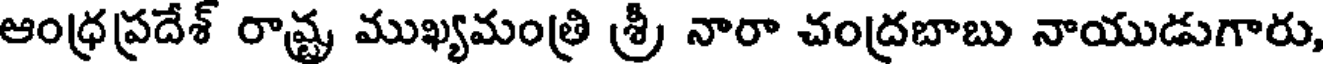
ఆంధ్రప్రదేశ్ రాష్ట్ర ముఖ్యమంత్రి శ్రీ నారా చంద్రబాబు నాయుడుగారు,